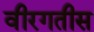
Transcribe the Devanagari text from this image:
वीरगतीस